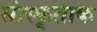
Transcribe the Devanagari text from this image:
सांस्कृताक